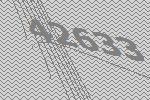
42633